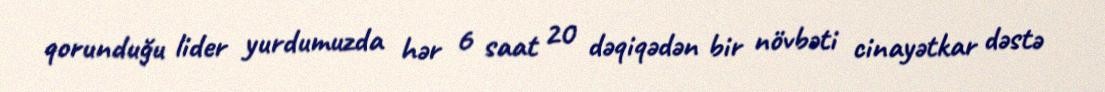
qorunduğu lider yurdumuzda hər 6 saat 20 dəqiqədən bir növbəti cinayətkar dəstə